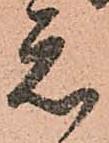
元